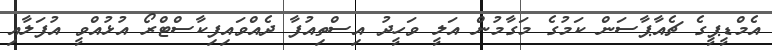
އެމްޑީޕީގެ ޗެއާޕާސަން ކަމުގެ މަގާމުން އަލީ ވަހީދު އިސްތިއުފާ ދެއްވައިފިކާސްޓްރޯ އުޅުއްވީ އުފަލާއި